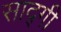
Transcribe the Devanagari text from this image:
साद्गी